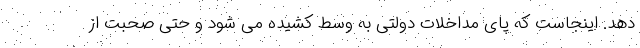
دهد. اینجاست که پای مداخلات دولتی به وسط کشیده می شود و حتی صحبت از